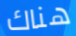
هناك